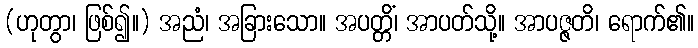
(ဟုတွာ၊ ဖြစ်၍။) အညံ၊ အခြားသော။ အပတ္တိံ၊ အာပတ်သို့။ အာပဇ္ဇတိ၊ ရောက်၏။